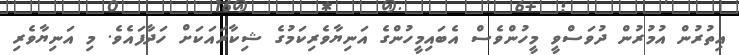
އިތުރުން އުމުރުން ދުވަސްވީ މީހުންވެސް އެބައިމީހުންގެ އަނިޔާވެރިކަމުގެ ޝިކާރައަކަށް ހަދާފައެވެ. މި އަނިޔާވެރި